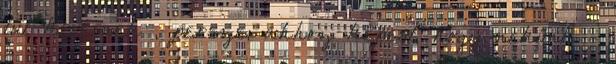
túl kevésnek , persze, ahhoz képest, hogy nekünk -